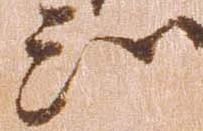
知